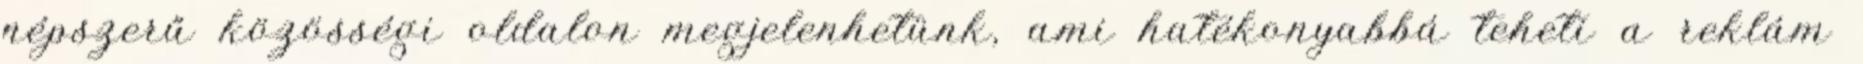
népszerű közösségi oldalon megjelenhetünk, ami hatékonyabbá teheti a reklám